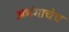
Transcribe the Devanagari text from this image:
अभंगाचेच